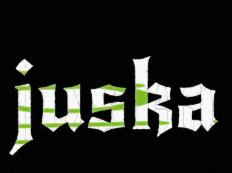
juska